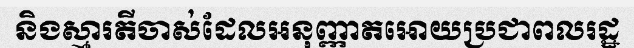
និងស្មារតីចាស់ដែលអនុញ្ញាតអោយប្រជាពលរដ្ឋ